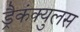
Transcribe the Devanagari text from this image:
ड्रैकंक्युलस